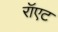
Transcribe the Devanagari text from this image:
रॉएट